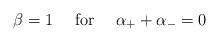
LaTeX: \begin{align*}\beta=1\quad\mbox{ for }\quad \alpha_{+}+\alpha_{-}=0\end{align*}